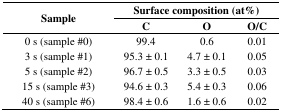
<table><thead><tr><td rowspan="2"><b>Sample</b></td><td colspan="3"><b>Surface composition (at%)</b></td></tr><tr><td><b>C</b></td><td><b>O</b></td><td><b>O/C</b></td></tr></thead><tbody><tr><td>0 s (sample #0)</td><td>99.4</td><td>0.6</td><td>0.01</td></tr><tr><td>3 s (sample #1)</td><td>95.3 ± 0.1</td><td>4.7 ± 0.1</td><td>0.05</td></tr><tr><td>5 s (sample #2)</td><td>96.7 ± 0.5</td><td>3.3 ± 0.5</td><td>0.03</td></tr><tr><td>15 s (sample #3)</td><td>94.6 ± 0.3</td><td>5.4 ± 0.3</td><td>0.06</td></tr><tr><td>40 s (sample #6)</td><td>98.4 ± 0.6</td><td>1.6 ± 0.6</td><td>0.02</td></tr></tbody></table>